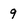
Character: 9